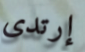
إرتدى